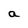
Character: a